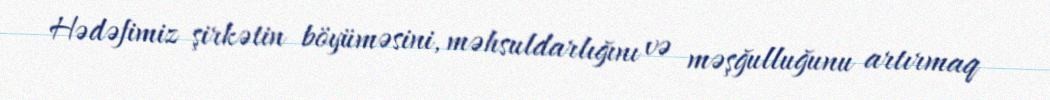
Hədəfimiz şirkətin böyüməsini, məhsuldarlığını və məşğulluğunu artırmaq